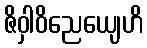
ဇိဝှါဝိညေယျေဟိ